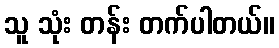
သူ သုံး တန်း တက်ပါတယ်။